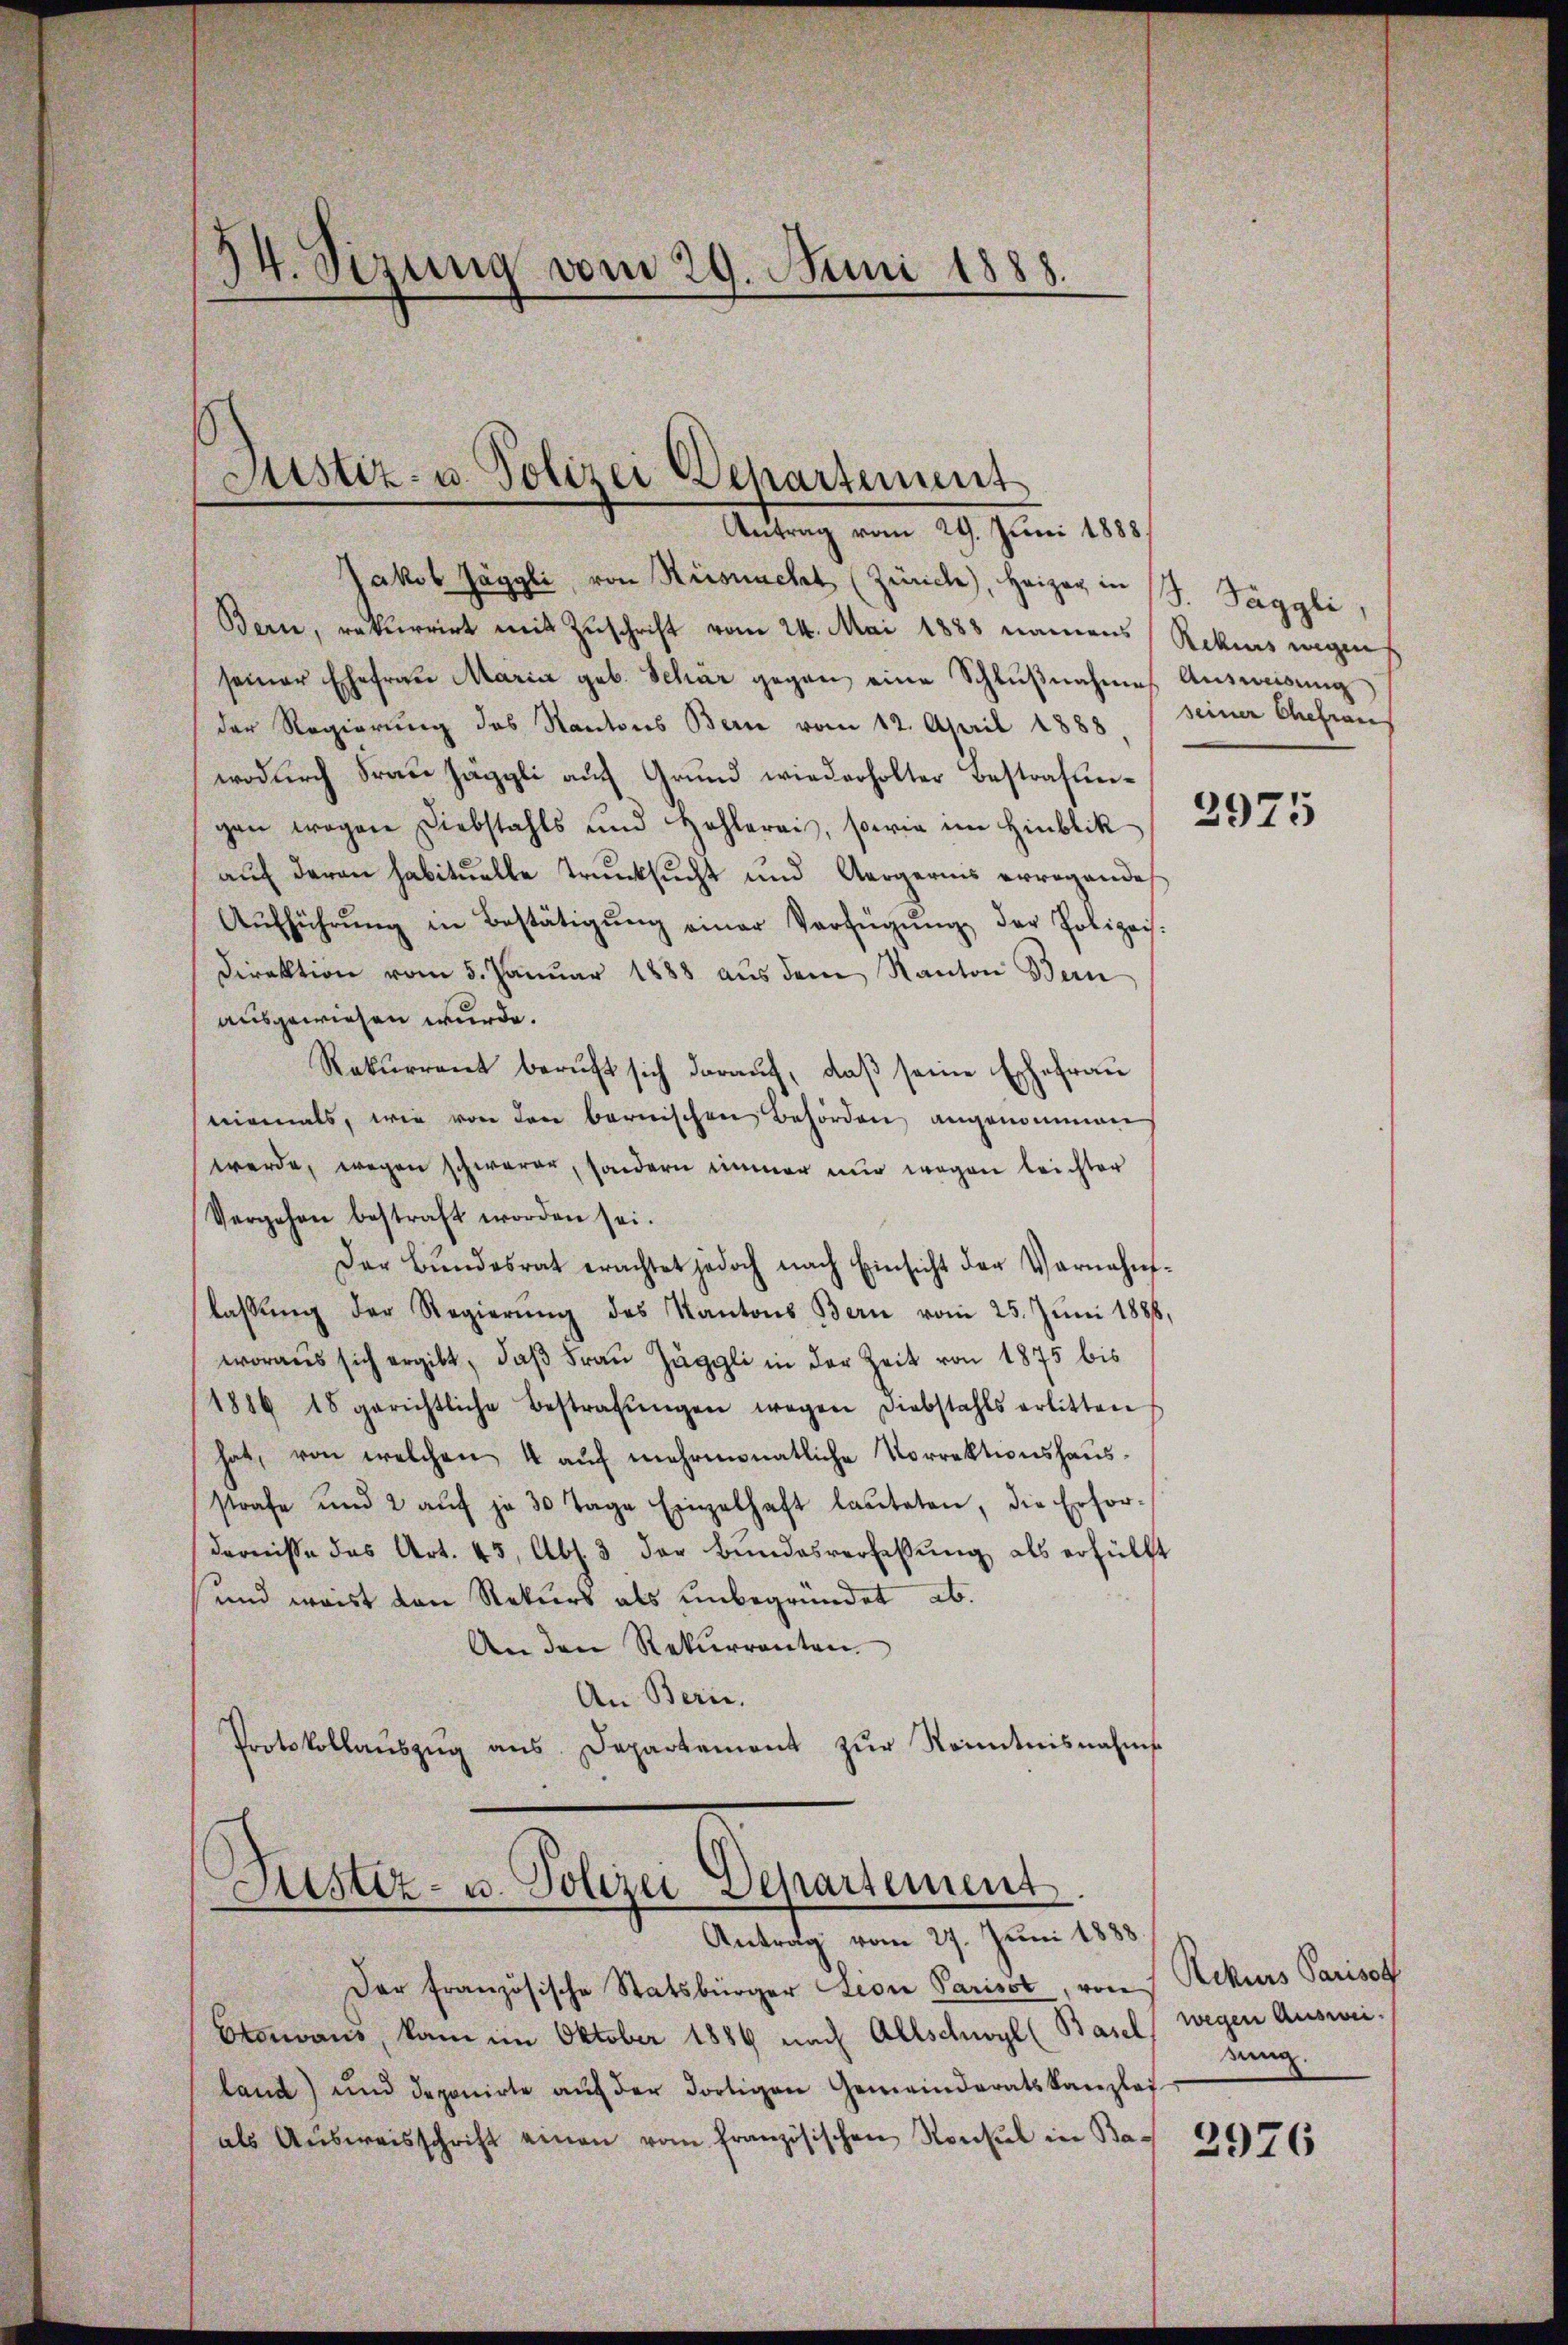
14. Sizung vom 29. Juni 1888.

Justiz- u. Polizei Departement
Antrag vom 29. Jun. 184.

Jakob Jäggli, von Riesmacht (Zürich), Heizer in (S. Täggli
Bern, rekurrirt mit Zuschrift vom 24. Mai 1888 namens (Rekurs wegen
seiner Ehefraŭ Maria geb. Schär gegen eine Schlŭβnahmes Ausweisung
der Regierung des Kantons Bern vom 12. April 1888 (seiner Chefrau
wodurch Frau Jäggli auf Grund wiederholter Bestrafungen wegen Diebstahls und Hohlerei, sowie im Hinblik
auf daran habituelle Trunksucht und Aergerins erregende
Aŭfführŭng in Bestätigŭng einer Verfügŭng der Polizeis.
Direktion vom 5. Januar 1888 aus dem Kanton Bern
ausgewiesen wurde.
Rekurrent beruft sich darauf, daß seine Ehefrau
niemals, wie von den bernischen Behörden angenommen
werde, wegen schwerer, sondern immer nur wegen leichter
Vergehen bestraft worden sei.
Der Bŭndesrat erachtet jedoch nach Einsicht der Vornahms-
lassŭng der Regierŭng des Kantons Bern vom 25. Jŭni 1888,
woraus sich ergibt, daß Frau Jäggli in der Zeit von 1875 bis
1886 18 gerichtliche Bestrafŭngen wegen Diebstahls erlitten
hat, von welchen 4 auf mehrmonatliche Vorrektionshausstrafe und 2 aŭf ja 30 Tage Einzelhaft lauteten, die Erfor-
dernisse das Art. 45, Abs. 3. der Bŭndesverfassŭng als erfüllt
und weist von Rekurs als unbegründet ab.
An den Rekurrenten
An Bern.
Protokollaŭszŭg ans Departement zŭr Kenntnisnahms

Justiz- u. Polizei Departement
Antrag vom 27. Juni 1888.

Der französische Statsbürger Lion Parisst, von Rekurs Parisch
Etenaus, kam im Oktober 1889 nach Allschwyl (Basel
land) und deponirte aŭf der dortigen Gemeinderatskanzlei
als Aŭsweisschrift einen vom französischen Konsul in Ba-

2975

wegen Auswie.
nng.

2976